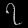
Digit: ၇